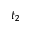
t _ { 2 }